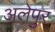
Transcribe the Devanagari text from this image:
अलेपुर